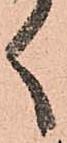
く